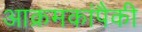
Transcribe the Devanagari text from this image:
आक्रमकांपैकी